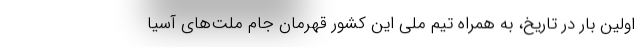
اولین بار در تاریخ، به همراه تیم ملی این کشور قهرمان جام ملت‌های آسیا